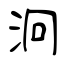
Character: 泂